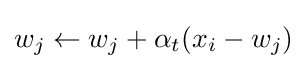
w_{j}\leftarrow w_{j}+\alpha _{t}(x_{i}-w_{j})